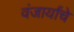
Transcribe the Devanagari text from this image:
वंजार्यांचे